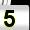
Digit: 5